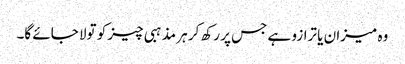
وہ میزان یا ترازو ہے جس پر رکھ کر ہر مذہبی چیز کو تولا جائے گا۔